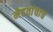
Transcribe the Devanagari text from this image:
मेहतांचाच